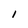
Character: l